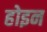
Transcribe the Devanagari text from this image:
होइन